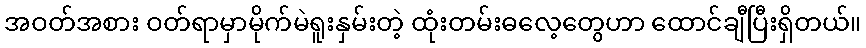
အဝတ်အစား ဝတ်ရာမှာမိုက်မဲရူးနှမ်းတဲ့ ထုံးတမ်းဓလေ့တွေဟာ ထောင်ချီပြီးရှိတယ်။